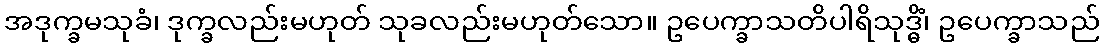
အဒုက္ခမသုခံ၊ ဒုက္ခလည်းမဟုတ် သုခလည်းမဟုတ်သော။ ဥပေက္ခာသတိပါရိသုဒ္ဓိံ၊ ဥပေက္ခာသည်